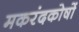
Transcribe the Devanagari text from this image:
मकरंदकोषों